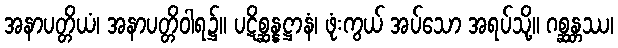
အနာပတ္တိယံ၊ အနာပတ္တိဝါရ၌။ ပဋိစ္ဆန္နဋ္ဌာနံ၊ ဖုံးကွယ် အပ်သော အရပ်သို့။ ဂစ္ဆန္တဿ၊